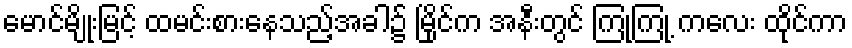
မောင်မျိုးမြင့် ထမင်းစားနေသည့်အခါ၌ မြိုင်က အနီးတွင် ကြုံ့ကြုံ့ ကလေး ထိုင်ကာ